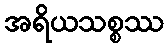
အရိယသစ္စဿ